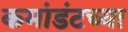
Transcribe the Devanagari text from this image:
कमांडंटच्या